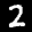
Label: 2